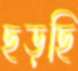
ছড়ছি